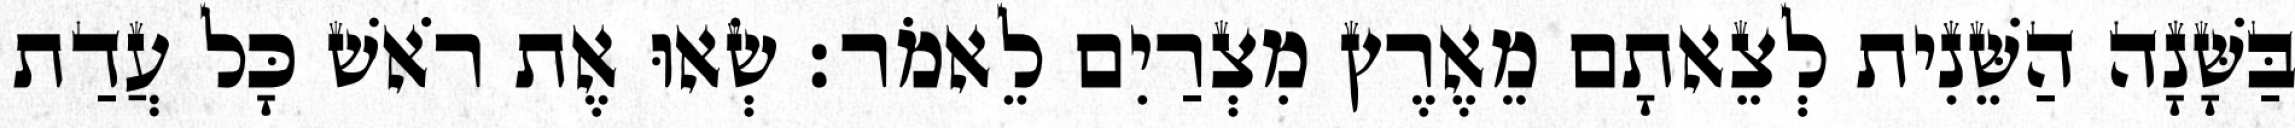
בַּשָּׁנָה הַשֵּׁנִית לְצֵאתָם מֵאֶרֶץ מִצְרַיִם לֵאמֹר׃ שְׂאוּ אֶת רֹאשׁ כָּל עֲדַת